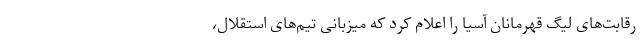
رقابت‌های لیگ قهرمانان آسیا را اعلام کرد که میزبانی تیم‌های استقلال،